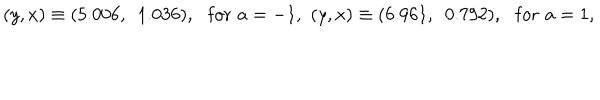
( y , x ) \equiv ( 5 . 0 0 6 , ~ ~ 1 . 0 3 6 ) , \, \, \, \, \mathrm { f o r } \, \, a = - 1 , \, \, ( y , x ) \equiv ( 6 . 9 6 1 , ~ ~ 0 . 7 9 2 ) , \, \, \, \, \mathrm { f o r } \, \, a = 1 , \, \,